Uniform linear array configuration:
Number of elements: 32
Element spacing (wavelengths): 0.75
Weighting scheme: cosine
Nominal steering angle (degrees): -30
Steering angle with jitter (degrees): -29.387
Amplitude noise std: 0.05
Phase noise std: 0.05

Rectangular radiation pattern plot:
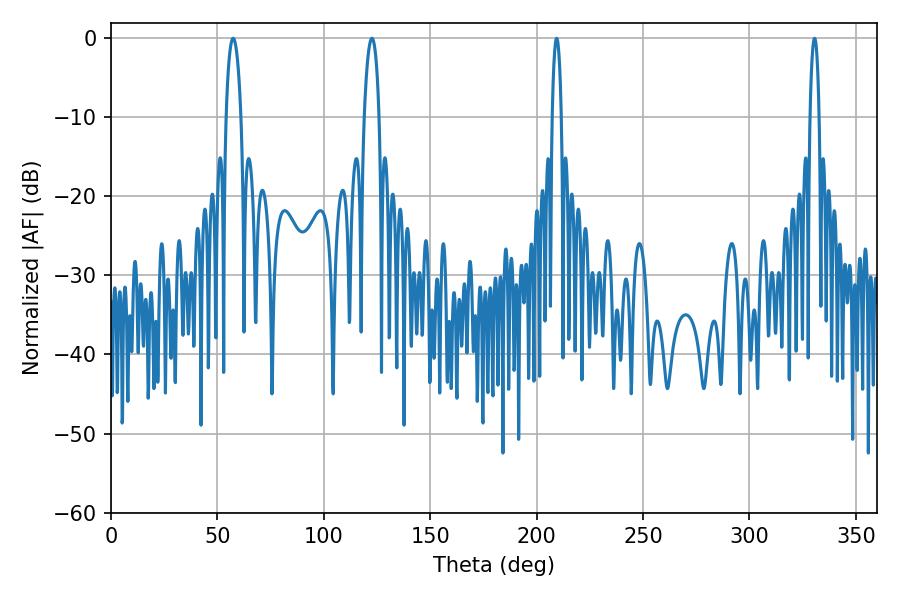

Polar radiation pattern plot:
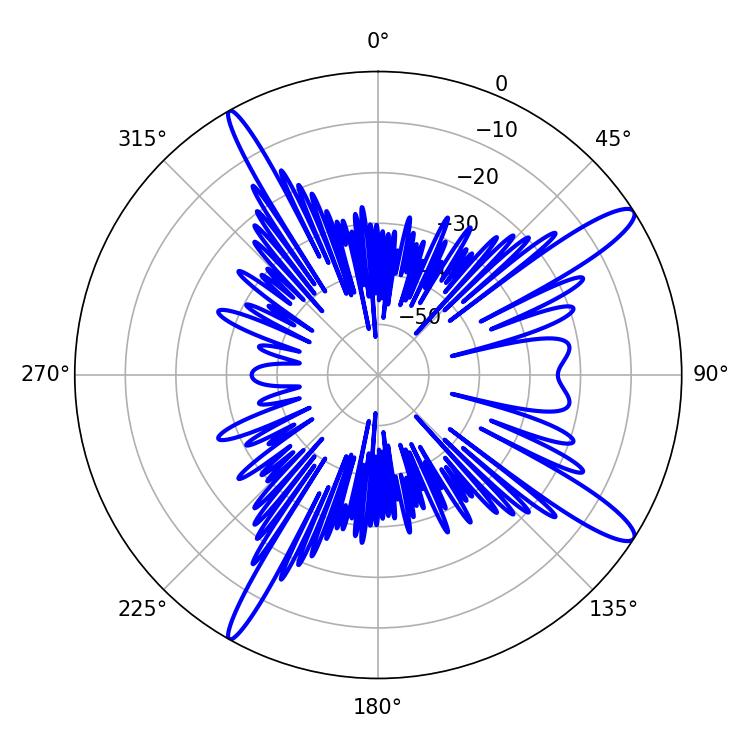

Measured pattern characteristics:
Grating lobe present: TRUE
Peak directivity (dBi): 13.705
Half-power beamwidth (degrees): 3.96
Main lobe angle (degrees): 57.42